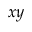
x y